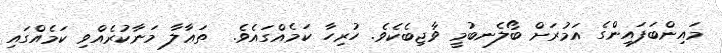
މައިންބަފައިންގެ އަމުރަށް ބޯލެނބުމީ ވާޖިބެކެވެ. ހުރިހާ ކަމެއްގައެވެ.  ތަޢާލާ މަނާކުރެއްވި ކަމެއްގައި